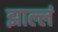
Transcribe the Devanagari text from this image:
झाल्लं